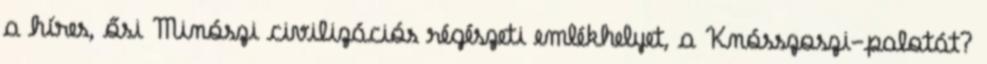
a híres, ősi Minószi civilizációs régészeti emlékhelyet, a Knósszoszi-palotát?